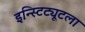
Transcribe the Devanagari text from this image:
इन्स्टिट्यूटला